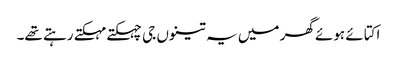
اکتائے ہوئے گھر میں یہ تینوں جی چہکتے مہکتے رہتے تھے۔